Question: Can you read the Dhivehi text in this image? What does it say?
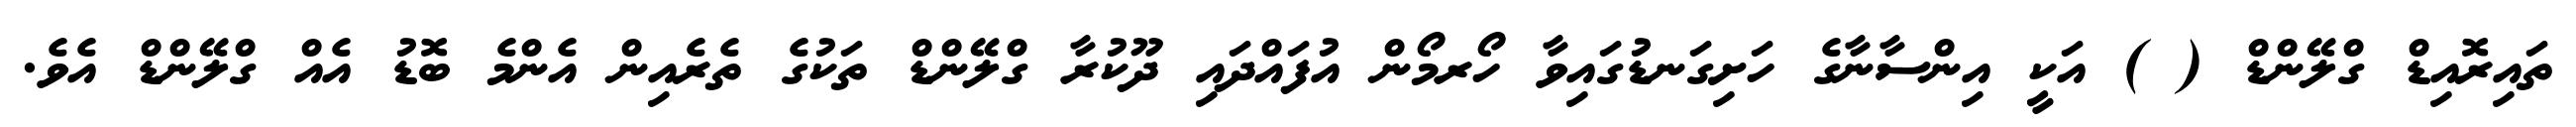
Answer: ތައިރޮއިޑް ގްލޭންޑް ( ) އަކީ އިންސާނާގެ ހަށިގަނޑުގައިވާ ހޯރމޯން އުފައްދައި ދޫކުރާ ގްލޭންޑް ތަކުގެ ތެރެއިން އެންމެ ބޮޑު އެއް ގްލޭންޑް އެވެ.